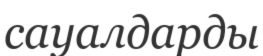
сауалдарды